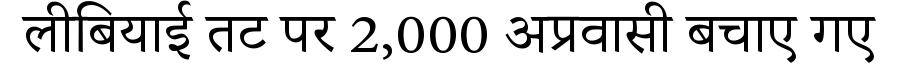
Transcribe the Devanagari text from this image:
लीबियाई तट पर 2,000 अप्रवासी बचाए गए